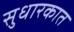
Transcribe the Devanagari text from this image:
सुधारकात